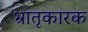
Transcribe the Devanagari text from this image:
भ्रातृकारक